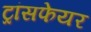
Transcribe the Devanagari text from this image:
ट्रांसफेयर